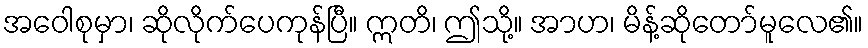
အဝေါစုမှာ၊ ဆိုလိုက်ပေကုန်ပြီ။ ဣတိ၊ ဤသို့။ အာဟ၊ မိန့်ဆိုတော်မူလေ၏။